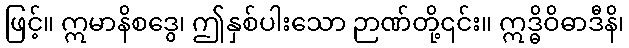
ဖြင့်။ ဣမာနိစဒွေ၊ ဤနှစ်ပါးသော ဉာဏ်တို့၎င်း။ ဣဒ္ဓိဝိဓာဒီနိ၊